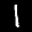
Label: 1